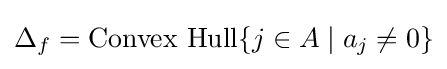
\Delta _{f}={\text{Convex Hull}}\{j\in A\mid a_{j}\neq 0\}